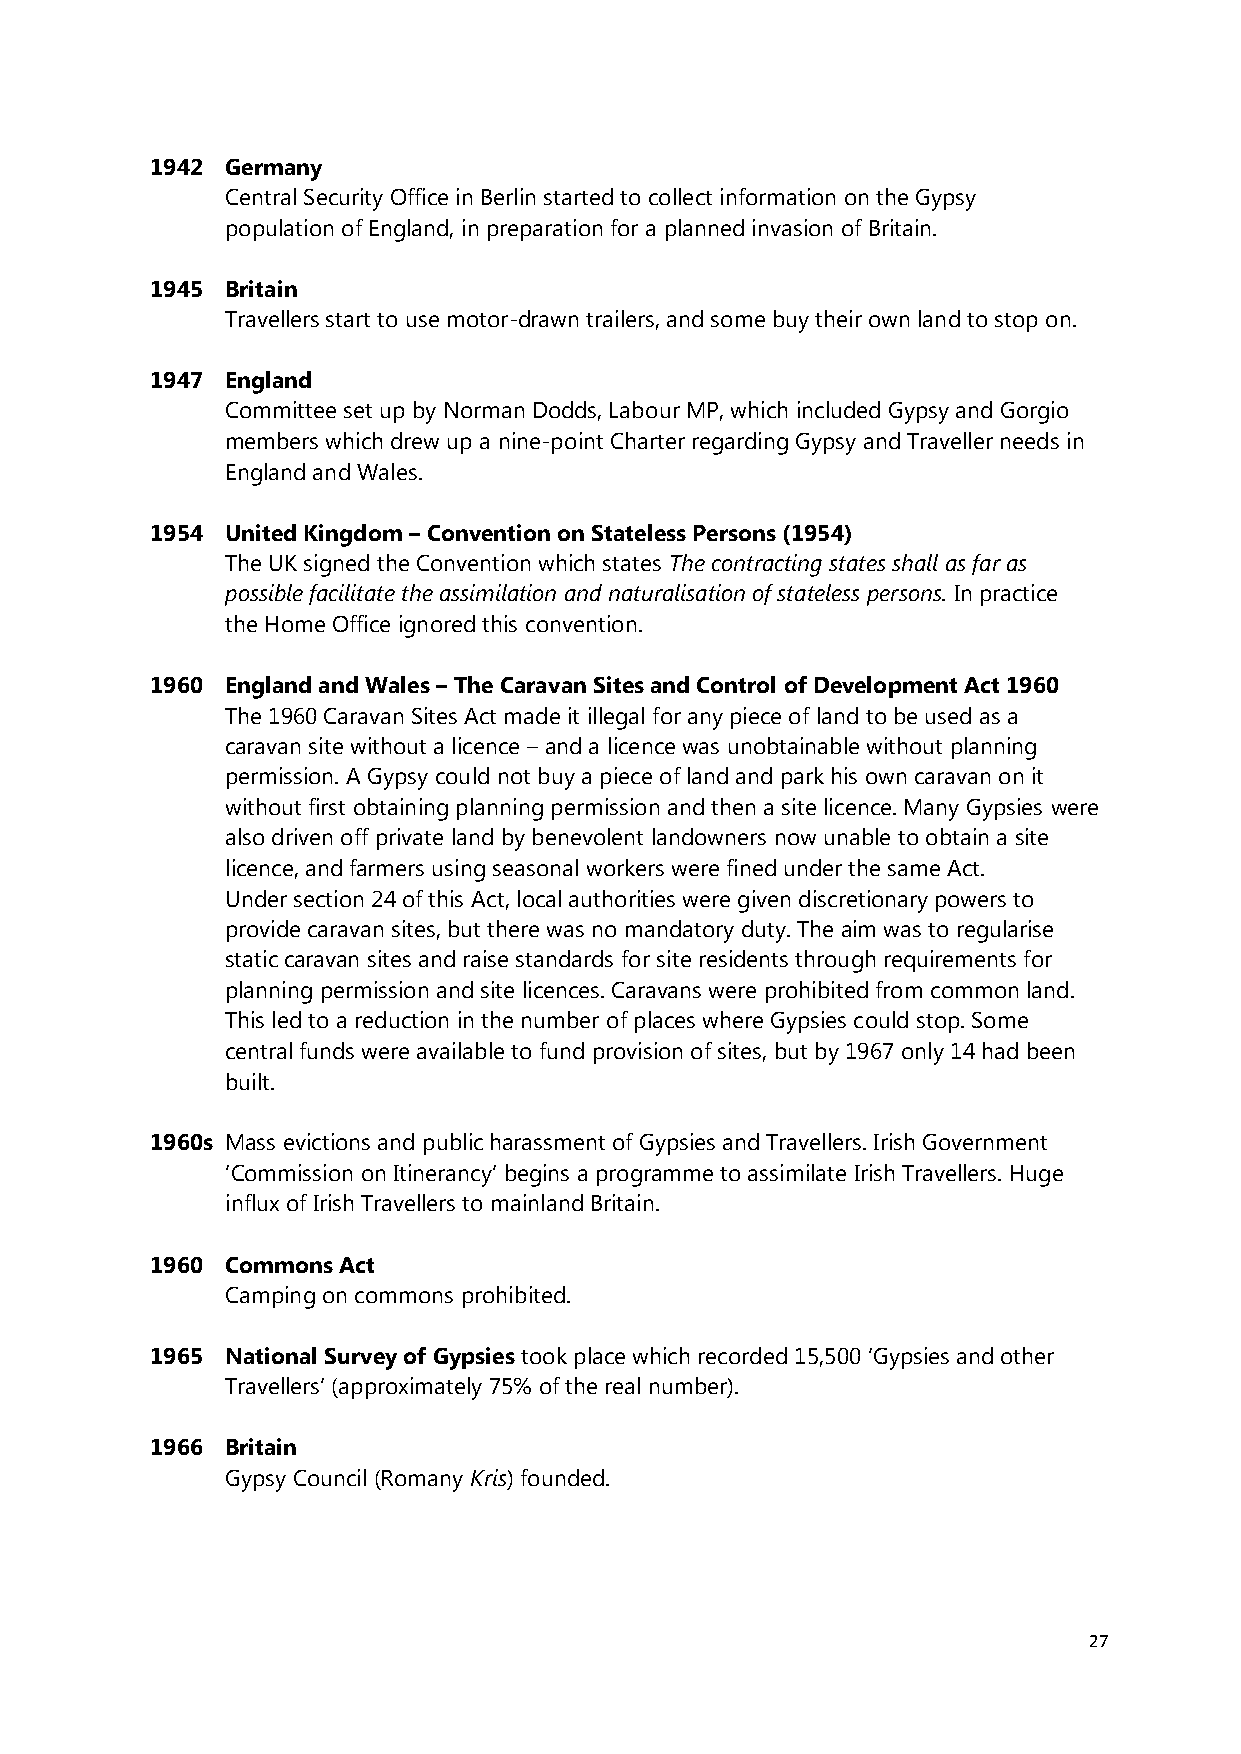
1942 Germany
 Central Security Office in Berlin started to collect information on the Gypsy
 population of England, in preparation for a planned invasion of Britain.
 1945 Britain
 Travellers start to use motor-drawn trailers, and some buy their own land to stop on.
 1947 England
 Committee set up by Norman Dodds, Labour MP, which included Gypsy and Gorgio
 members which drew up a nine-point Charter regarding Gypsy and Traveller needs in
 England and Wales.
 1954 United Kingdom – Convention on Stateless Persons (1954)
 The UK signed the Convention which states The contracting states shall as far as
 possible facilitate the assimilation and naturalisation of stateless persons. In practice
 the Home Office ignored this convention.
 1960 England and Wales – The Caravan Sites and Control of Development Act 1960
 The 1960 Caravan Sites Act made it illegal for any piece of land to be used as a
 caravan site without a licence – and a licence was unobtainable without planning
 permission. A Gypsy could not buy a piece of land and park his own caravan on it
 without first obtaining planning permission and then a site licence. Many Gypsies were
 also driven off private land by benevolent landowners now unable to obtain a site
 licence, and farmers using seasonal workers were fined under the same Act.
 Under section 24 of this Act, local authorities were given discretionary powers to
 provide caravan sites, but there was no mandatory duty. The aim was to regularise
 static caravan sites and raise standards for site residents through requirements for
 planning permission and site licences. Caravans were prohibited from common land.
 This led to a reduction in the number of places where Gypsies could stop. Some
 central funds were available to fund provision of sites, but by 1967 only 14 had been
 built.
 1960s Mass evictions and public harassment of Gypsies and Travellers. Irish Government
 ‘Commission on Itinerancy’ begins a programme to assimilate Irish Travellers. Huge
 influx of Irish Travellers to mainland Britain.
 1960 Commons Act
 Camping on commons prohibited.
 1965 National Survey of Gypsies took place which recorded 15,500 ‘Gypsies and other
 Travellers’ (﴾approximately 75% of the real number).
 1966 Britain
 Gypsy Council (Romany Kris) founded.
 27